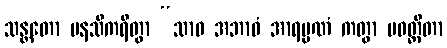
သန္တတော မနသိကရိတွာ “သာဝ အဘာဝံ အာရမ္မဏံ ကတွာ ပဝတ္တိတာ